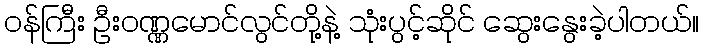
ဝန်ကြီး ဦးဝဏ္ဏမောင်လွင်တို့နဲ့ သုံးပွင့်ဆိုင် ဆွေးနွေးခဲ့ပါတယ်။